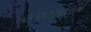
એઆઇઆરની